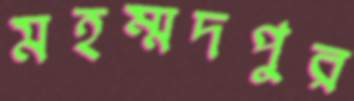
মহম্মদপুর